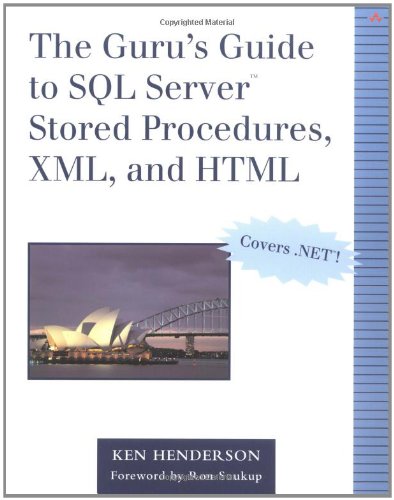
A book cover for The Guru's Guide to SQL Server Stored Procedures, XML, and HTML; Ken Henderson; Computers & Technology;